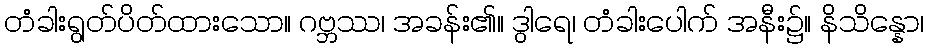
တံခါးရွတ်ပိတ်ထားသော။ ဂဗ္ဘဿ၊ အခန်း၏။ ဒွါရေ၊ တံခါးပေါက် အနီး၌။ နိသိန္နော၊